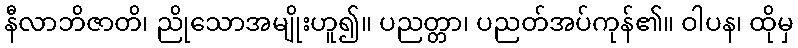
နီလာဘိဇာတိ၊ ညိုသောအမျိုးဟူ၍။ ပညတ္တာ၊ ပညတ်အပ်ကုန်၏။ ဝါပန၊ ထိုမှ